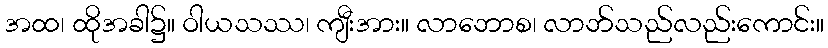
အထ၊ ထိုအခါ၌။ ဝါယသဿ၊ ကျီးအား။ လာဘောစ၊ လာဘ်သည်လည်းကောင်း။